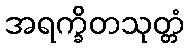
အရက္ခိတသုတ္တံ